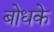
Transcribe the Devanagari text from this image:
बोधके